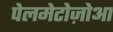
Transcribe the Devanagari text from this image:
पेलमेटोज़ोआ